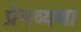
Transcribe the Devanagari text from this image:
प्रेमव्यथा